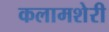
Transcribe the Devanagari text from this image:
कलामशेरी